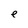
Character: e